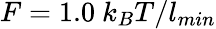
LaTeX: F=1.0~k_{B}T/l_{min}